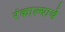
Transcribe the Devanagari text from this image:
रंकाल्याचे